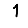
Digit: 1